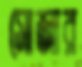
সোজার